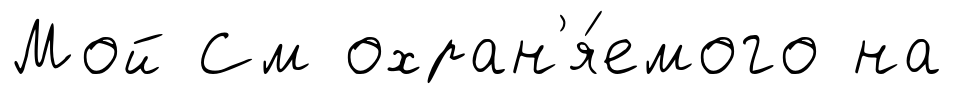
Мой См охран'я́емого на